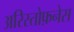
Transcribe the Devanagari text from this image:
अरिस्तोफ़नेस